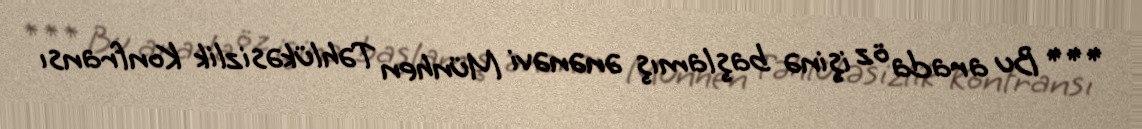
*** Bu arada öz işinə başlamış ənənəvi Münhen Təhlükəsizlik Konfransı